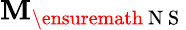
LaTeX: \mathbf{M}_{\ensuremath{{\mathrm{{~N~S~}}}}}